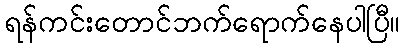
ရန်ကင်းတောင်ဘက်ရောက်နေပါပြီ။